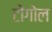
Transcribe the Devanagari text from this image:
टोंगोल